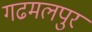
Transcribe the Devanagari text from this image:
गढमलपुर